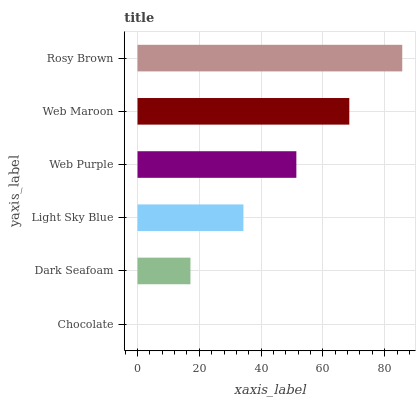
| yaxis_label | bars |
 | --- | --- |
 | Chocolate | 0 |
 | Dark Seafoam | 17.1 |
 | Light Sky Blue | 34.3 |
 | Web Purple | 51.4 |
 | Web Maroon | 68.6 |
 | Rosy Brown | 85.7 |